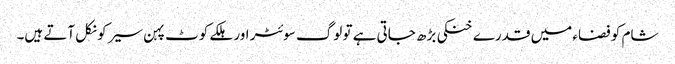
شام کو فضاء میں قدرے خنکی بڑھ جاتی ہے تو لوگ سوئٹر اور ہلکے کوٹ پہن سیر کو نکل آتے ہیں۔